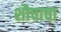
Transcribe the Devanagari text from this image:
शौचाचा